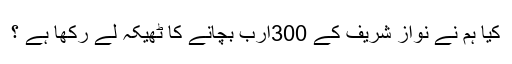
کیا ہم نے نواز شریف کے 300ارب بچانے کا ٹھیکہ لے رکھا ہے ؟